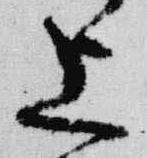
上